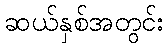
ဆယ်နှစ်အတွင်း